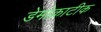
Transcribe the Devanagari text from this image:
डेमोक्राटीक